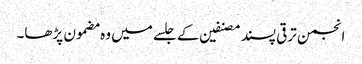
انجمن ترقی پسند مصنفین کے جلسے میں وہ مضمون پڑھا۔